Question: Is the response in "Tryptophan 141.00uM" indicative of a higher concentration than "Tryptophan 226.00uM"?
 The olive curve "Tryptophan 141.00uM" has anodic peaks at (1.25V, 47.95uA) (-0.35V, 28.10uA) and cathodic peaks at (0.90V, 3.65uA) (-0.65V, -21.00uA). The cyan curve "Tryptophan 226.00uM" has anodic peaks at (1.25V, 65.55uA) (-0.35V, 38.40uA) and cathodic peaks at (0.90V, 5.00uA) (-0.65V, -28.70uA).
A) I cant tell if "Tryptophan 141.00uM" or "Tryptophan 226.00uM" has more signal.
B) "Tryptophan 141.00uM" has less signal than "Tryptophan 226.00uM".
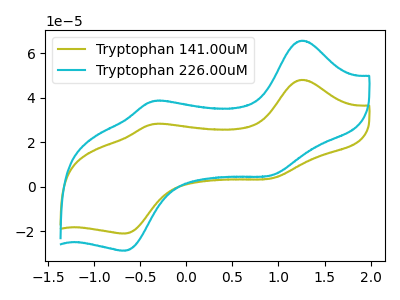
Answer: <think>All the peaks in "Tryptophan 141.00uM" have a peak in "Tryptophan 226.00uM" at the same potential.
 </think>
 <answer>A) I cant tell if "Tryptophan 141.00uM" or "Tryptophan 226.00uM" has more signal.</answer>
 <eval>A</eval>